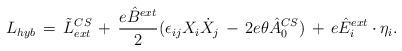
LaTeX: \begin{align*}L_{hyb}\,=\,\tilde L\sp{CS}_{ext}\,+\,\frac{e\hat B\sp{ext}}{2}(\epsilon_{ij}X_i\dot X_j \, -\, 2e\theta \hat A_0\sp{CS})\, +\, e\hat E_i\sp{ext}\cdot \eta_i.\end{align*}